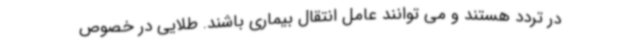
در تردد هستند و می توانند عامل انتقال بیماری باشند. طلایی در خصوص